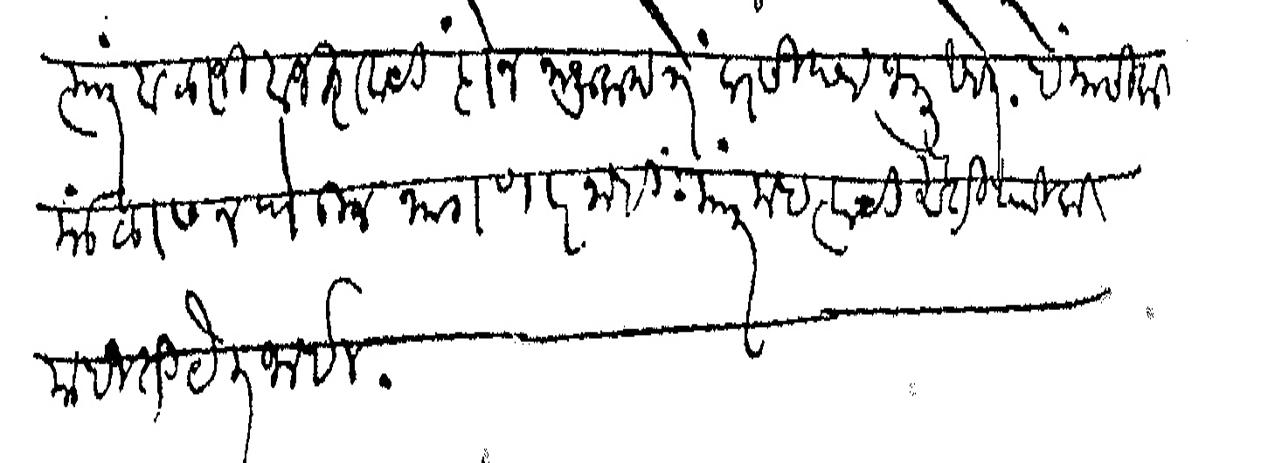
Transliteration (Devanagari): त्यात बाळाजी बाजीरावाची दोन नाजूक पत्रे प्रसिद्ध जाली आहेत हे मासिक मंडळास न घेऊन भागणार नाही त्यात महत्वाची ऐतिहासिक माहिती येत जाईल